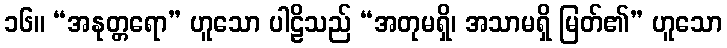
၁၆။ “အနုတ္တရော” ဟူသော ပါဠိသည် “အတုမရှိ၊ အသာမရှိ မြတ်၏” ဟူသော